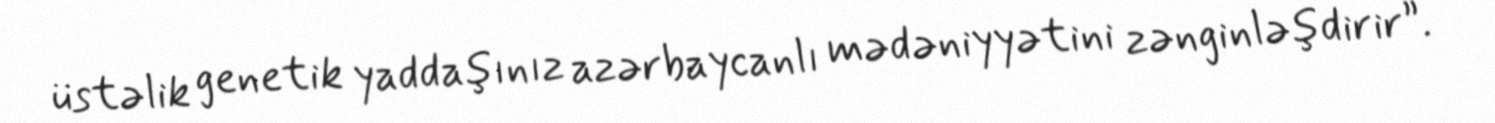
üstəlik genetik yaddaşınız azərbaycanlı mədəniyyətini zənginləşdirir”.